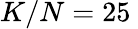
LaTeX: K/N=25\